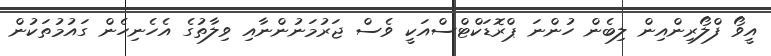
އީވޯ ފްލޯރިންއިން ލިބެން ހުންނަ ޕްރޮޑަކްޓްސްއަކީ ވެސް ޖަރުމަނުންނާއި ވިލާތުގެ އެހެނިހެން ގައުމުތަކުން